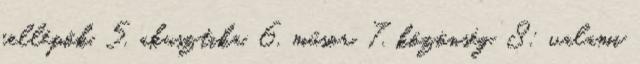
fellépők, 5. akusztika, 6. műsor, 7. közönség. 8: valami